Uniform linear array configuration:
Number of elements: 8
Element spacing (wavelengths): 0.5
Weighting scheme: blackman
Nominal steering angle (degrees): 30
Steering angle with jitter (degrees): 28.346
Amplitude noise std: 0.05
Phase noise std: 0.05

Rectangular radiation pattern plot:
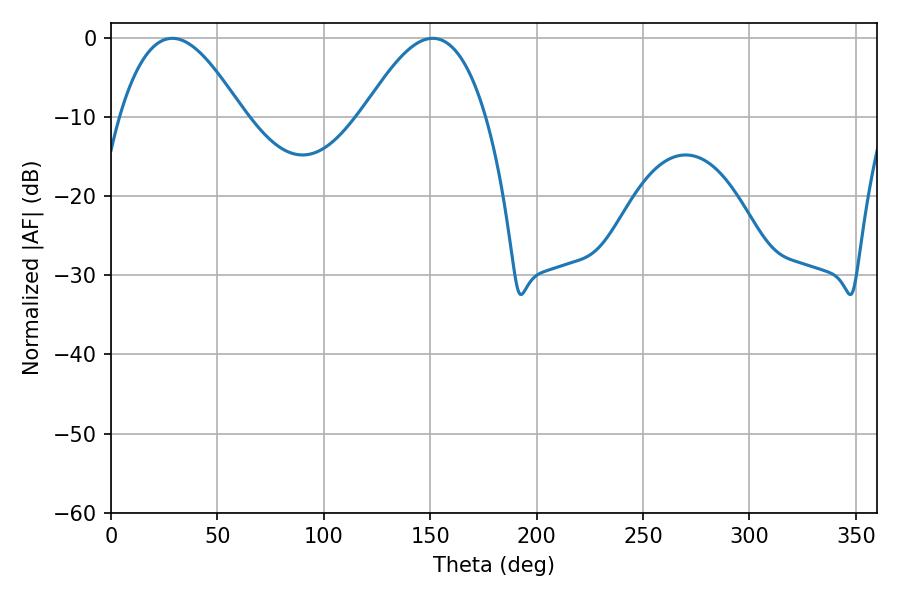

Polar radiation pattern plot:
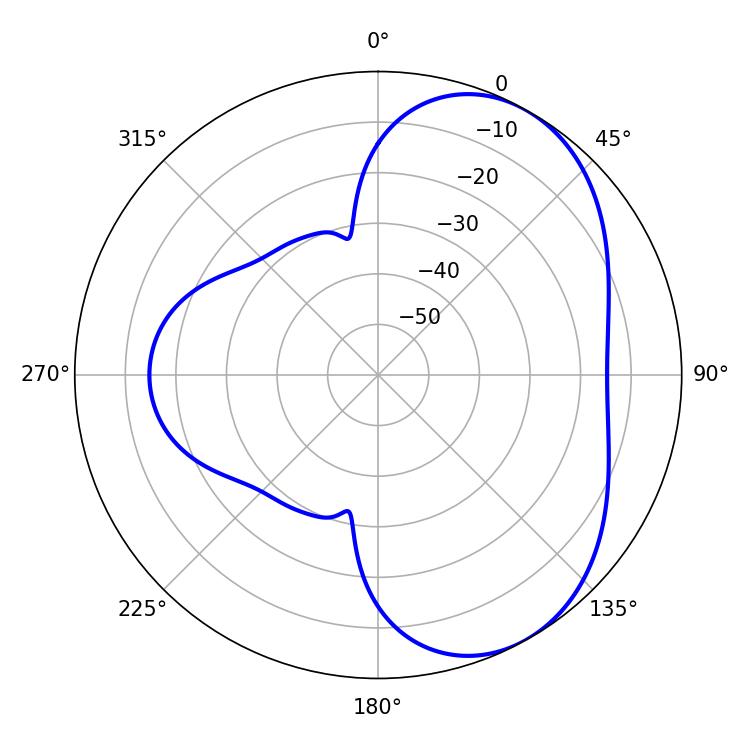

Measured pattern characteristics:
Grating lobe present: FALSE
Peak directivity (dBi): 5.121
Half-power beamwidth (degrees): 31.5
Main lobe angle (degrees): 28.8